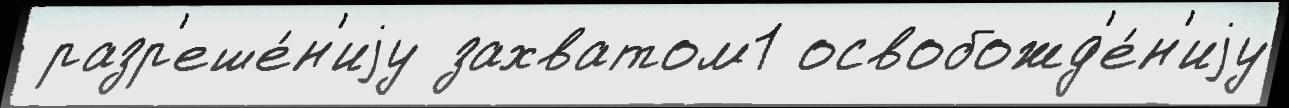
 разр'еше́н'иjу захватом1 освобожд'е́н'иjу